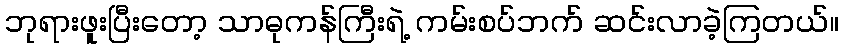
ဘုရားဖူးပြီးတော့ သာဓုကန်ကြီးရဲ့ ကမ်းစပ်ဘက် ဆင်းလာခဲ့ကြတယ်။